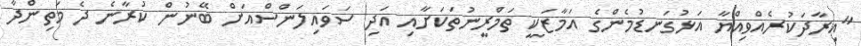
"އިރާދަކުރެއްވިއްޔާ އަޅުގަނޑުމެންގެ އަމާޒަކީ ތަމްރީނުތަކަށާއި އަދި ސަވައިލަންސްއަށް ބޭނުން ކުރާނެ ދެ މަތިންދާ